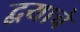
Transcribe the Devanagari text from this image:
द्वयाचे